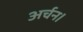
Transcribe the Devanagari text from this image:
अर्चन।